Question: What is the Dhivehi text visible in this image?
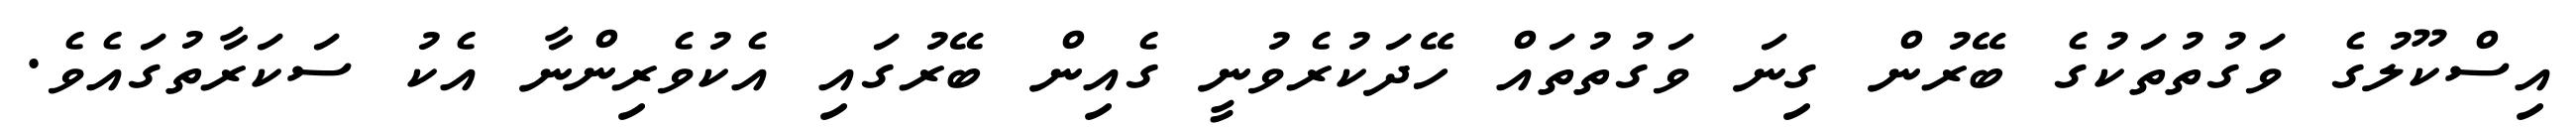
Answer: އިސްކޫލުގެ ވަގުތުތަކުގެ ބޭރުން ގިނަ ވަގުތުތައް ހޭދަކުރެވުނީ ގެއިން ބޭރުގައި އެކުވެރިންނާ އެކު ސަކަރާތުގައެވެ.